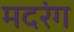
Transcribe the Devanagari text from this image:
मदरंग